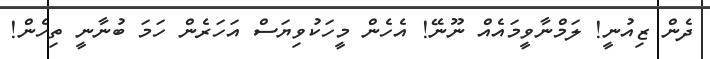
ދެން ޒިއުނީ! ލަމްނާވީމައެއް ނޫނޭ! އެހެން މީހަކުވިޔަސް އަހަރެން ހަމަ ބުނާނީ ތިހެން!